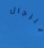
بالرجال